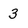
Character: 3